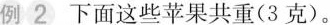
例2下面这些苹果共重(3克)。